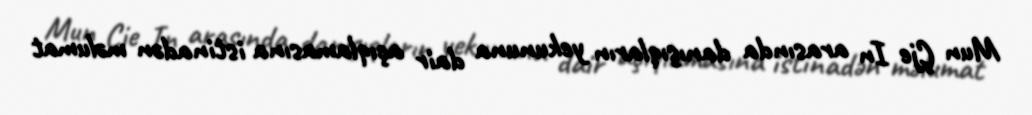
Mun Çje In arasında danışıqların yekununa dair açıqlamasına istinadən məlumat